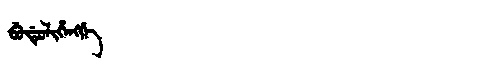
Manchu: ᠪᡠᡩᡠᠯᡳᡥᡝᠩᡤᡝ
Romanization: BUDULIHENGGE